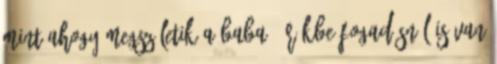
mint ahogy megszületik a baba. Örökbe fogadásnál is van